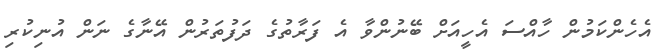
އެހެންކަމުން ހާއްސަ އެހީއަށް ބޭނުންވާ އެ ފަރާތުގެ ދަފުތަރުން އޭނާގެ ނަން އުނިކުރި